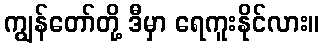
ကျွန်တော်တို့ ဒီမှာ ရေကူးနိုင်လား။